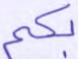
بكم